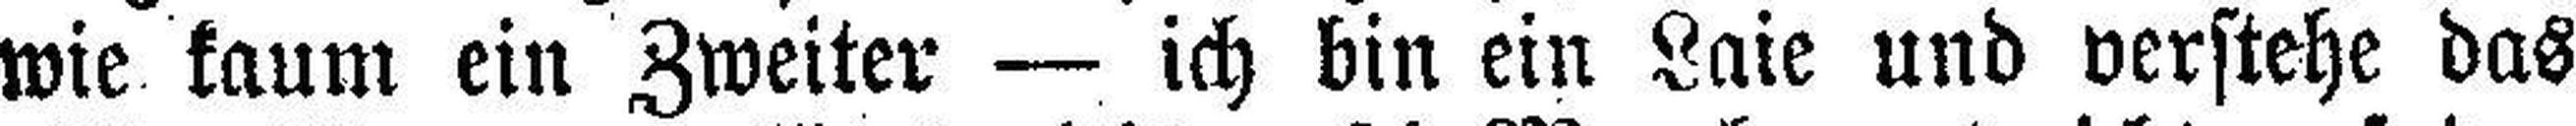
wie kaum ein Zweiter — ich bin ein Laie und verstehe das